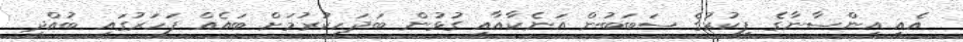
އެއީ އިންސާނާގެ ފިކުރުގެ ސަބަބުން އަނެކާއާއި ގުޅުން ބަދަހިކުރުމަށް ބައެއް ފަހަރުގައި ބުއްދި